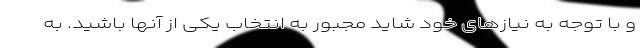
و با توجه به نیازهای خود شاید مجبور به انتخاب یکی از آنها باشید. به